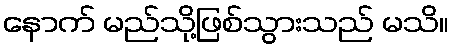
နောက် မည်သို့ဖြစ်သွားသည် မသိ။